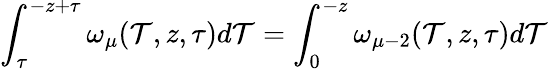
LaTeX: \int_{\tau}^{-z+\tau}\omega_{\mu}(\mathcal{T},z,\tau)d\mathcal{T}=\int_{0}^{-z}\omega_{\mu-2}(\mathcal{T},z,\tau)d\mathcal{T}